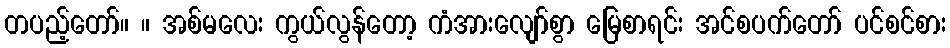
တပည့်တော်။ ။ အစ်မလေး ကွယ်လွန်တော့ ကံအားလျော်စွာ မြေစာရင်း အင်စပက်တော် ပင်စင်စား